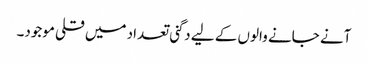
آنے جانے والوں کے لیے دگنی تعداد میں قلی موجود۔